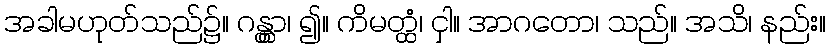
အခါမဟုတ်သည်၌။ ဂန္တွာ၊ ၍။ ကိမတ္ထံ၊ ငှါ။ အာဂတော၊ သည်။ အသိ၊ နည်း။